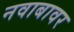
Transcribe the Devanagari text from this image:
नवाबावर